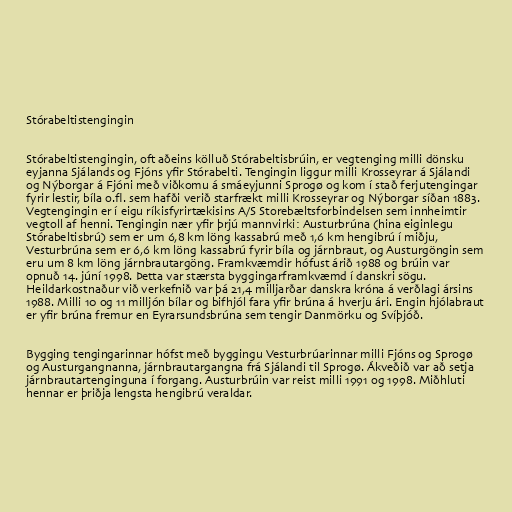
Stórabeltistengingin

Stórabeltistengingin, oft aðeins kölluð Stórabeltisbrúin, er vegtenging milli dönsku
eyjanna Sjálands og Fjóns yfir Stórabelti. Tengingin liggur milli Krosseyrar á Sjálandi
og Nýborgar á Fjóni með viðkomu á smáeyjunni Sprogø og kom í stað ferjutengingar
fyrir lestir, bíla o.fl. sem hafði verið starfrækt milli Krosseyrar og Nýborgar síðan 1883.
Vegtengingin er í eigu ríkisfyrirtækisins A/S Storebæltsforbindelsen sem innheimtir
vegtoll af henni. Tengingin nær yfir þrjú mannvirki: Austurbrúna (hina eiginlegu
Stórabeltisbrú) sem er um 6,8 km löng kassabrú með 1,6 km hengibrú í miðju,
Vesturbrúna sem er 6,6 km löng kassabrú fyrir bíla og járnbraut, og Austurgöngin sem
eru um 8 km löng járnbrautargöng. Framkvæmdir hófust árið 1988 og brúin var
opnuð 14. júní 1998. Þetta var stærsta byggingarframkvæmd í danskri sögu.
Heildarkostnaður við verkefnið var þá 21,4 milljarðar danskra króna á verðlagi ársins
1988. Milli 10 og 11 milljón bílar og bifhjól fara yfir brúna á hverju ári. Engin hjólabraut
er yfir brúna fremur en Eyrarsundsbrúna sem tengir Danmörku og Svíþjóð.

Bygging tengingarinnar hófst með byggingu Vesturbrúarinnar milli Fjóns og Sprogø
og Austurgangnanna, járnbrautargangna frá Sjálandi til Sprogø. Ákveðið var að setja
járnbrautartenginguna í forgang. Austurbrúin var reist milli 1991 og 1998. Miðhluti
hennar er þriðja lengsta hengibrú veraldar.